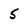
Character: 5